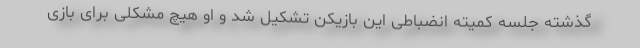
گذشته جلسه کمیته انضباطی این بازیکن تشکیل شد و او هیچ مشکلی برای بازی